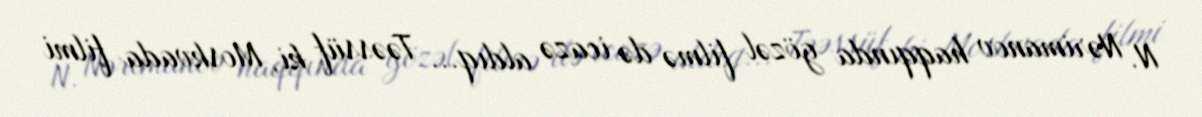
N. Nərimanov haqqında gözəl filmə də icazə aldıq... Təəssüf ki, Moskvada filmi